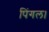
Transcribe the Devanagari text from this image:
पिंगल।